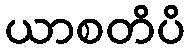
ယာစတိပိ